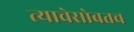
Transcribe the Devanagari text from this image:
त्याचेसोबतच